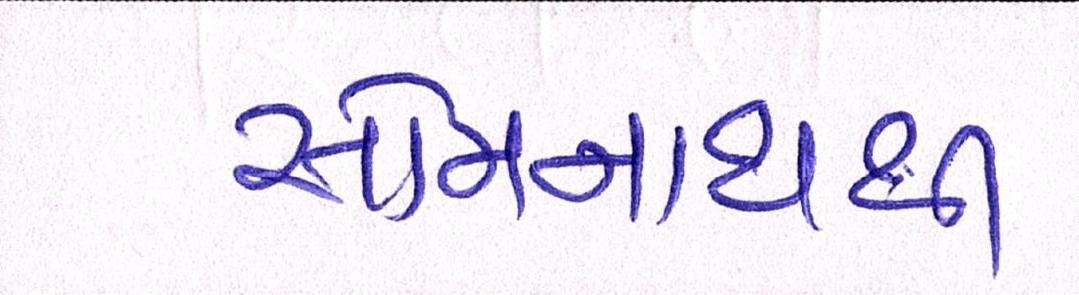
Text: સોમનાથથી